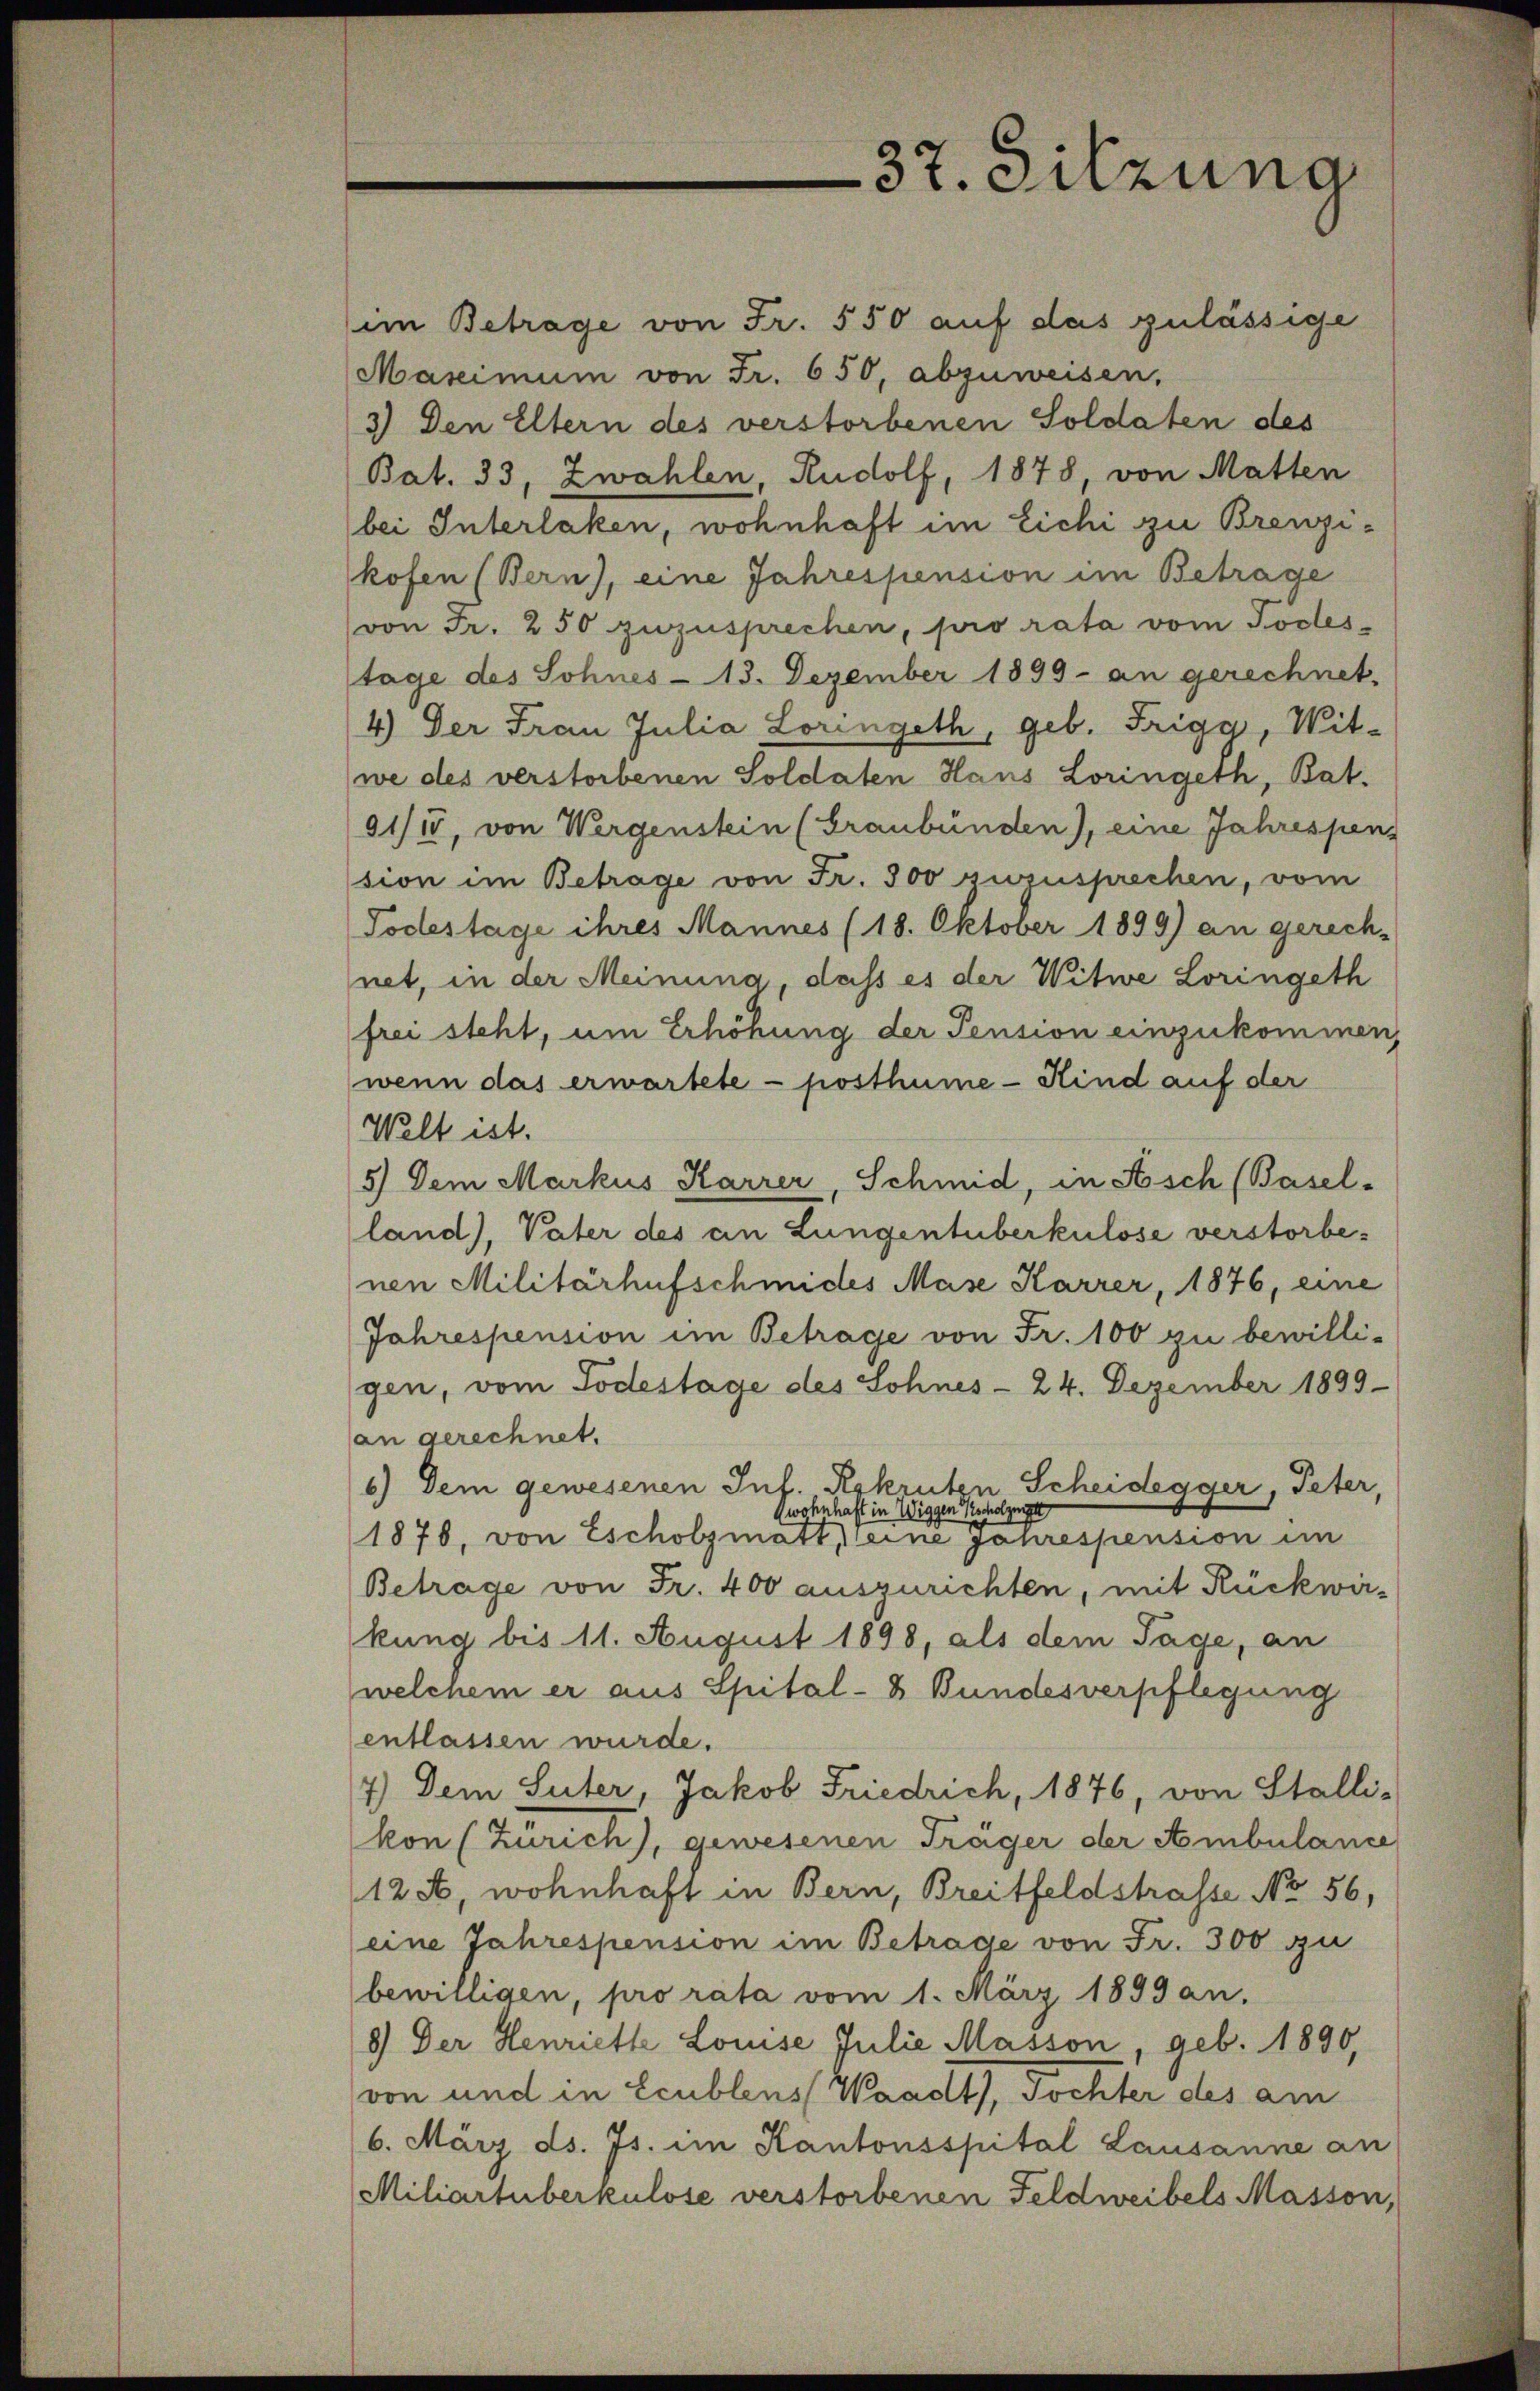
37. Sitzung

im Betrage von Fr. 550 auf das zulässige
Maseimum von Fr. 650, abzuweisen,
3) Den Eltern des verstorbenen Soldaten des
Bat. 33, Zwahlen, Rudolf, 1878 von Matten
bei Interlaken, wohnhaft im Eichi zu Brenzikofen (Bern), eine Jahrespension im Betrage
(von Fr. 250 zuzusprechen, pro rata vom Todes-
tage des Sohnes- 13. Dezember 1899 an gerechnet.
4.) Der Frau Julia Loringeth, geb. Triga, Wit-
we des verstorbenen Soldaten Haus Loringeth, Bat.
91/15, von Wergenstein (Graubünden), eine Jahrespen-
sion im Betrage von Fr. 300 zuzusprechen, vom
Todestage ihres Mannes (18. Oktober 1899) an gerech-
net, in der Meinung, dass es der Witwe Loringeth
frei steht, um Erhöhung der Pension einzukommen,
wenn das erwartete - posthume - Kind auf der
Welt ist.
5) Dem Markus Karrer, Schmid, in Asch (Basel-
land), Vater des an Lungentuberkulose verstorbenen Militärhufschmides Mase Karrer, 1876, eine
Jahrespension im Betrage von Fr. 100 zu bewilli-
gen, vom Todestage des Sohnes - 24. Dezember 1899
an gerechnet.
6.) Dem gewesenen Inf. Reskruten Scheidegger, Peter,
wohnhaft in Wiggen scholzuge
1878, von Escholzmatt eine Jahrespension im
Betrage von Fr. 400 auszurichten, mit Rückwir-
kung bis 11. August 1898, als dem Tage, an
welchem er aus Spital- & Bundesverpflegung
entlassen wurde.
7.) Dem Suter, Jakob Friedrich, 1876, von Stalli-
kon (Zürich), gewesenen Träger der Ambulance
124, wohnhaft in Bern, Breitfeldstrasse No 56,
eine Jahrespension im Betrade von Fr. 300 zu
bewilligen, pro rata vom 1. März 1899 an,
8) Der Henriette Louise Julie Masson, geb. 1890,
von und in Leublens (Waadt, Tochter des am
(6. März ds. Js. im Kantonsspital Lausanne an
Miliartüberkulose verstorbenen Feldweibels Masson,